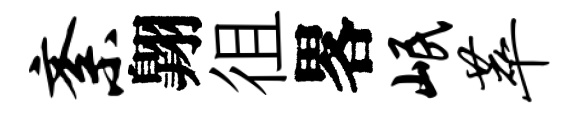
紊翺徂畧岷萃